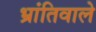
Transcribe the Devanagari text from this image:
भ्रांतिवाले